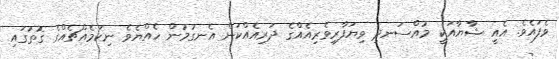
ވެފައެވެ. އެއީ ޝާޔާއަކީ މުއްސަނދި ވިޔަފާރިވެރިއެއްގެ ދަރިއެއްކަން އެނގުމުން ހެއްޔެވެ ނިކަމެއްޗެއްގެ ގޮތުގައި